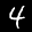
Label: 4